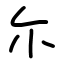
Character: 尓